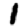
Digit: 1